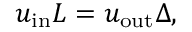
u _ { \mathrm { { i n } } } L = u _ { \mathrm { { o u t } } } \Delta ,